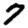
Digit: 7